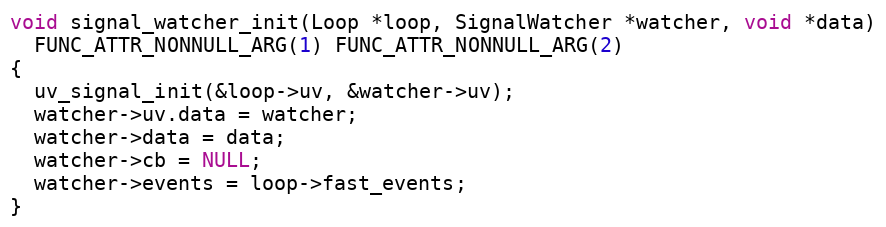
Language: C
void signal_watcher_init(Loop *loop, SignalWatcher *watcher, void *data)
  FUNC_ATTR_NONNULL_ARG(1) FUNC_ATTR_NONNULL_ARG(2)
{
  uv_signal_init(&loop->uv, &watcher->uv);
  watcher->uv.data = watcher;
  watcher->data = data;
  watcher->cb = NULL;
  watcher->events = loop->fast_events;
}